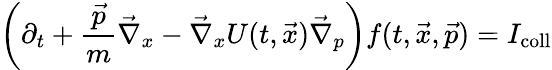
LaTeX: \left(\partial_{t}+{\frac{\vec{p}}{m}}\vec{\nabla}_{x}-\vec{\nabla}_{x}U(t,\vec{x})\vec{\nabla}_{p}\right)f(t,\vec{x},\vec{p})=I_{\mathrm{coll}}